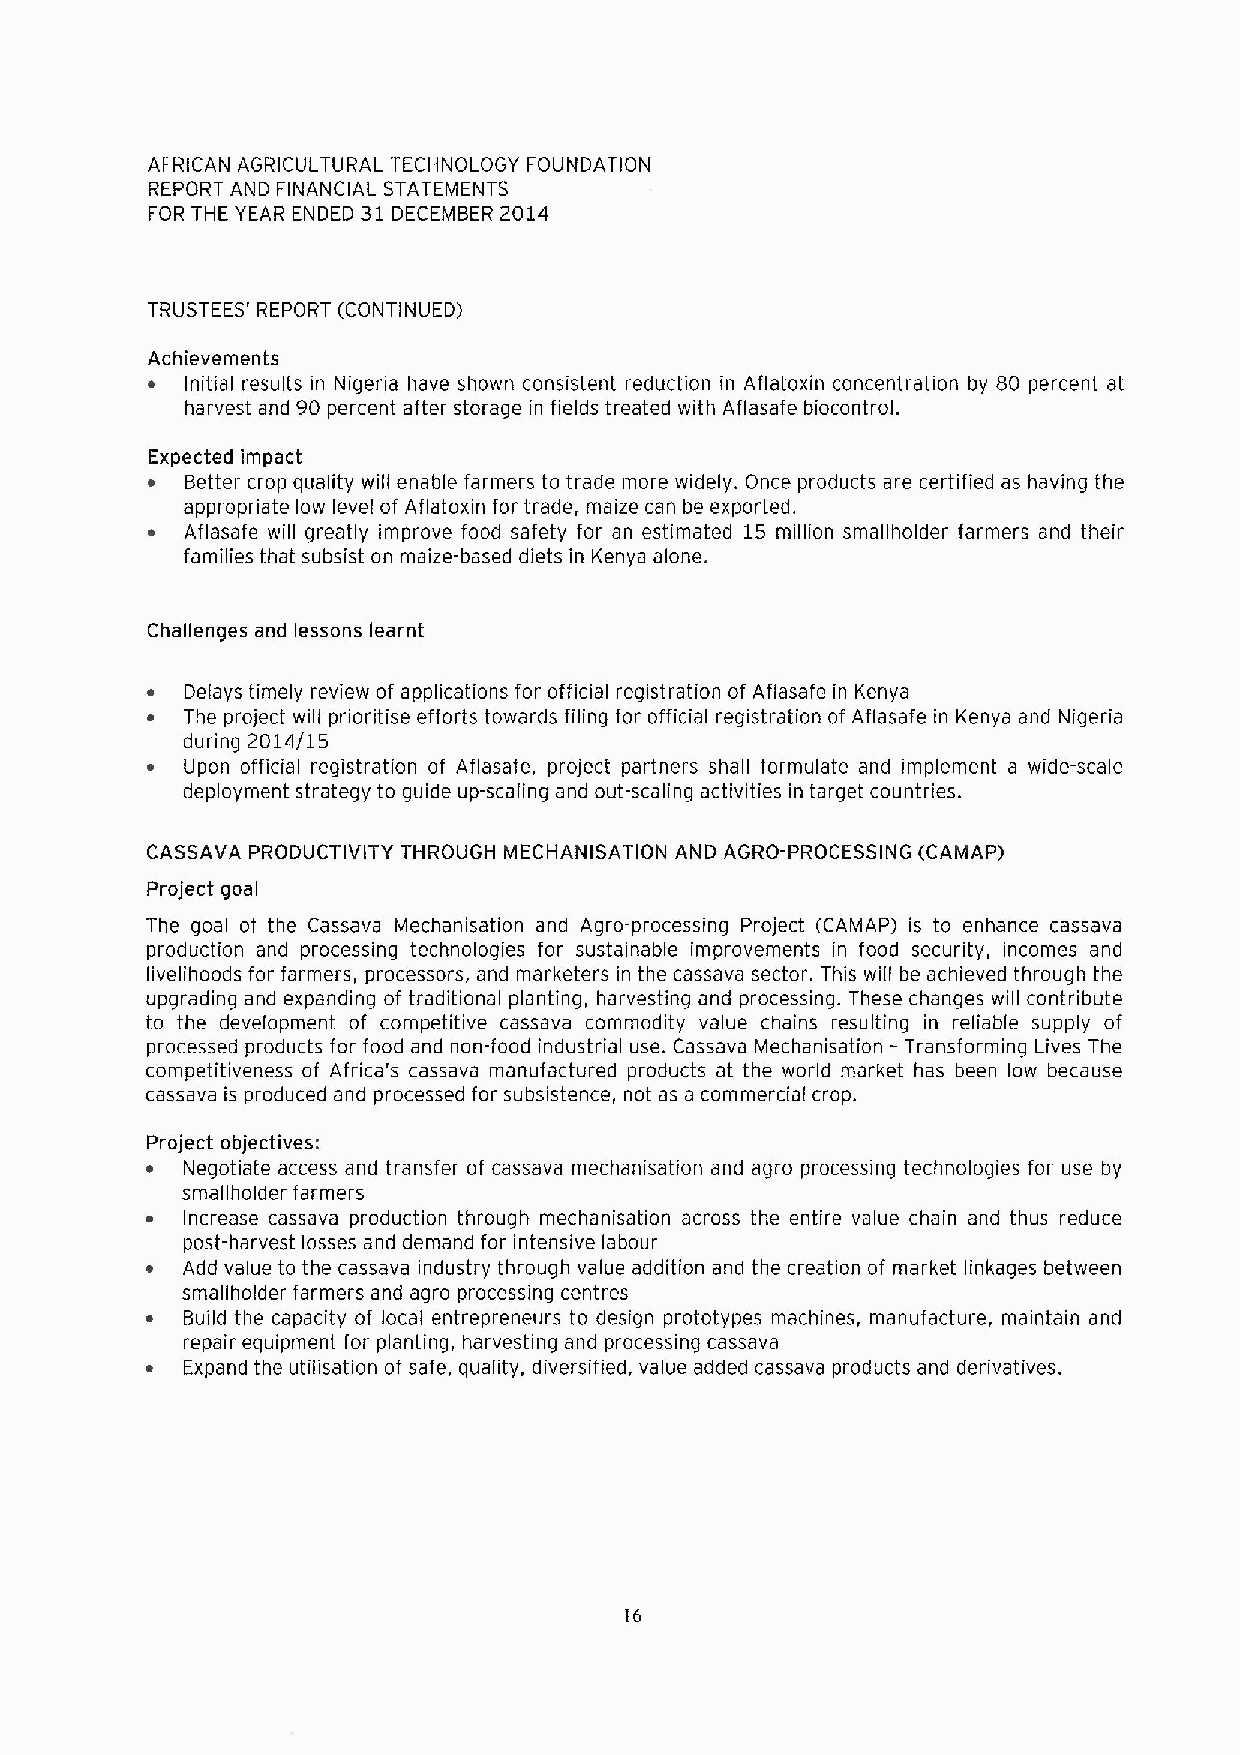
AF'RICAN AGRICULTURAL TECHNOLOGY FOUNDATION
 REPORT AND FINANCIAL STATEMENTS
 FOR THE YEAR ENDED 31DECEMBER 2014
 TRUSTEES' REPORT (CONTINUED)
 Achievements
 ~ Initial results in Nigeria have shown consistent reduction in Aflatoxin concentration by 80 percent at
 harvest and 90 percent after storage in fields treated with Aflasafe biocontrol.
 Expected impact
 ~ Better crop quality will enable farmers to trade more widely. Once products are certified as having the
 appropriate low level of Aflatoxin for trade, maize can be exported.
 ~ Aflasafe will greatly improve food safety for an estimated 15 million smallholder farmers and their
 families that subsist on maize-based diets in Kenya alone.
 Challenges and lessons learnt
 ~ Delays timely review of applications for official registration of Aflasafe in Kenya
 ~ The project will prioritise efforts towards filing for official registration of Aftasafe in Kenya and Nigeria
 during 2014/15
 ~ Upon official registration of Aflasafe, project partners shall formulate and implement a wide-scale
 deployment strategy to guide up-scaling and out-scaling activities in target countries.
 CASSAVA PRODUCTIVITY THROUGH MECHANISATION AND AGRO-PROCESSING (CAMAP)
 Project goal
 The goal of the Cassava Mechanisation and Agro-processing Project (CAMAP) is to enhance cassava
 production and processing technologies for sustainable improvements in food security, incomes and
 livelihoods for farmers, processors, and marketers in the cassava sector. This will be achieved through the
 upgrading and expanding of traditional planting, harvesting and processing. These changes will contribute
 to the development of competitive cassava commodity value chains resulting in reliable supply of
 -
 processed products for food and non-food industrial use. Cassava Mechanisation Transforining Lives The
 competitiveness of Africa's cassava manufactured products at the world market has been low because
 cassava is produced and processed for subsistence, not as a commercial crop.
 Project objectives:
 ~ Negotiate access and transfer of cassava mechanisation and agro processing technologies for use by
 smallholder farmers
 ~ Increase cassava production through mechanisation across the entire value chain and thus reduce
 post-harvest losses and demand for intensive labour
 ~ Add value to the cassava industry through value addition and the creation of market linkages between
 smallhoider farmers and agro processing centres
 ~ Build the capacity of local entrepreneurs to design prototypes machines, manufacture, maintain and
 repair equipment for planting, harvesting and processing cassava
 ~ Expand the utilisation of safe, quality, diversified, value added cassava products and derivatives.
 16